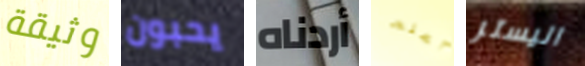
وثيقة يحبون أردناه أعلم اليستر